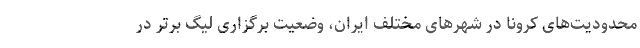
محدودیت‌های کرونا در شهرهای مختلف ایران، وضعیت برگزاری لیگ برتر در